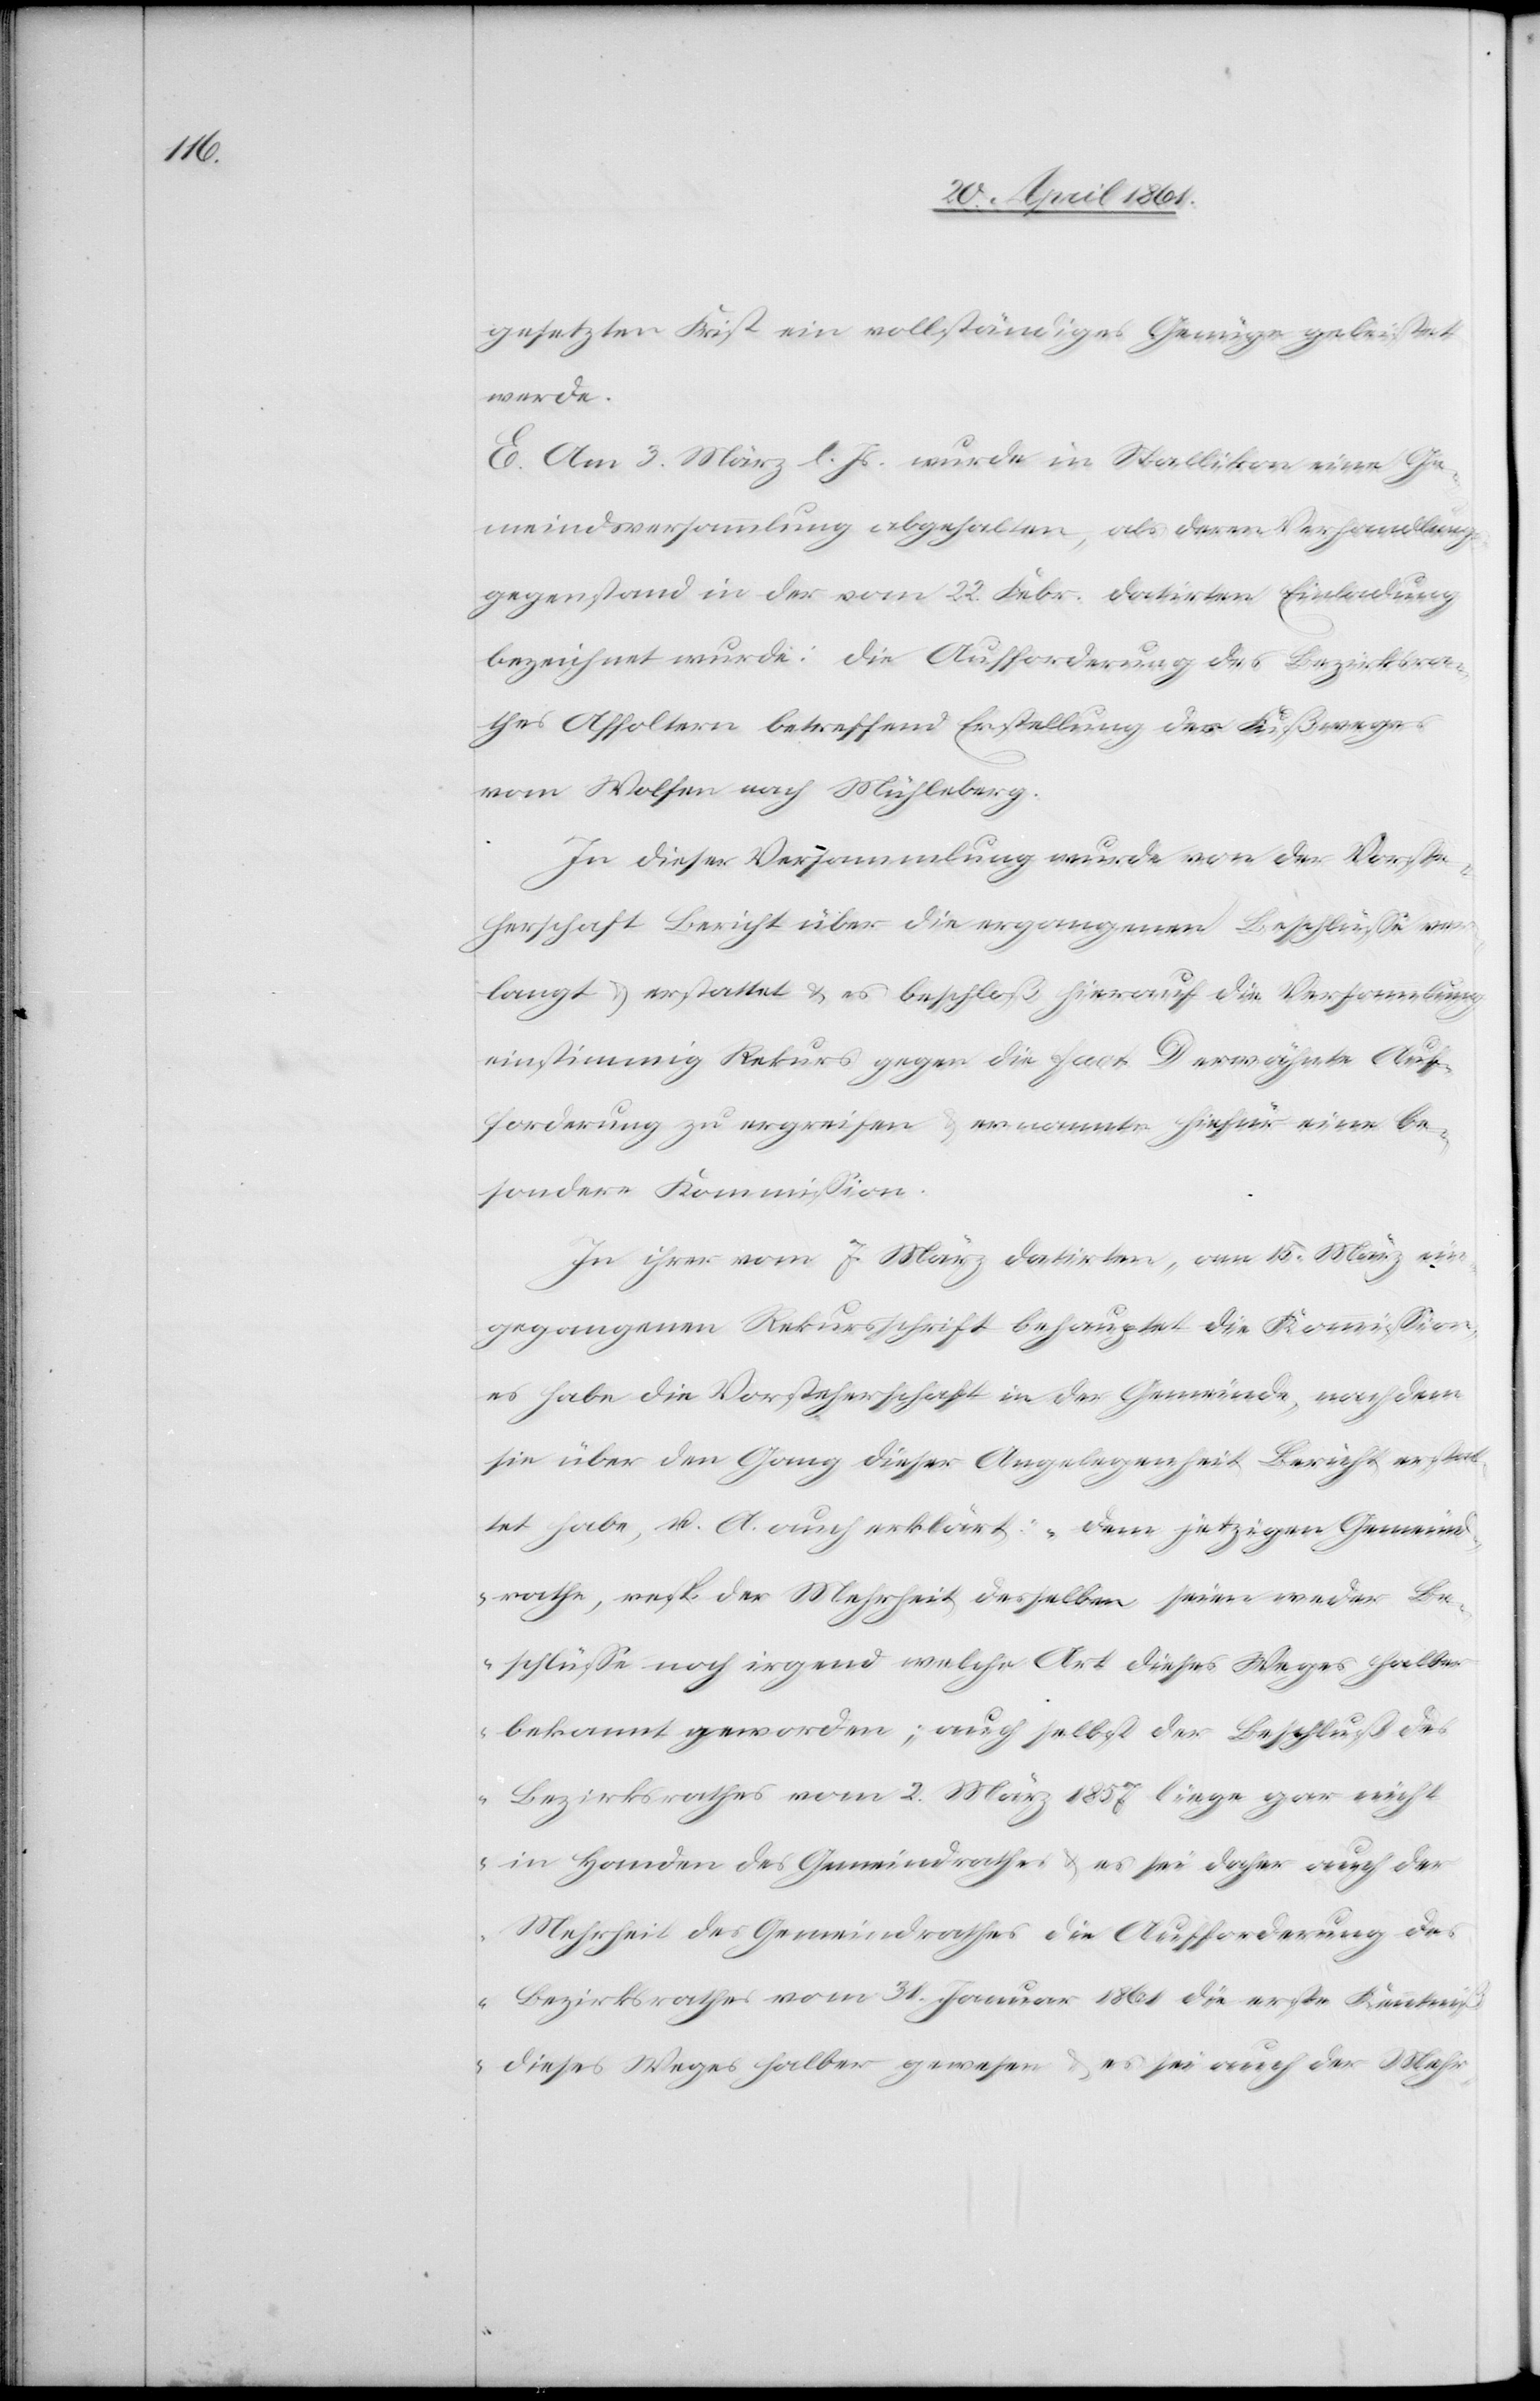
gesetzten Frist ein vollständiges Genüge geleistet
werde.
E. Am 3. März l. Js. wurde in Stallikon eine Ge¬
meindsversammlung abgehalten, als deren Verhandlungs¬
gegenstand in der vom 22. Febr. datirten Einladung
bezeichnet wurde: die Aufforderung des Bezirksra¬
thes Affoltern betreffend Erstellung des Fußweges
vom Wolfen nach Mühleberg.
In dieser Versammlung wurde von der Vorste¬
herschaft Bericht über die ergangenen Beschlüsse ver¬
langt u. erstattet u. es beschloß hierauf die Versammlung
einstimmig Rekurs gegen die fact. D erwähnte Auf¬
forderung zu ergreifen u. ernannte hiefür eine be¬
sondere Kommission.
In ihrer vom 7. März datirten, am 15. März ein¬
gegangenen Rekursschrift behauptet die Kommission,
es habe die Vorsteherschaft in der Gemeinde, nachdem
sie über den Gang dieser Angelegenheit Bericht erstat¬
tet habe, u. A. auch erklärt: „Dem jetzigen Gemeind¬
rathe, resp. der Mehrheit desselben seien weder Be¬
schlüsse noch irgend welche Art dieses Weges halber
bekannt geworden; auch selbst der Beschluß des
Bezirksrathes vom 2. März 1857 liege gar nicht
in Handen des Gemeindrathes u. es sei daher auch der
Mehrheit des Gemeindrathes die Aufforderung des
Bezirksrathes vom 31. Januar 1861 die erste Kenntniß
dieses Weges halber gewesen u. es sei auch der Mehr-